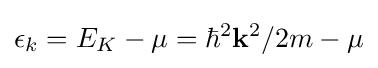
\epsilon _{k}=E_{K}-\mu =\hbar ^{2}\mathbf {k} ^{2}/2m-\mu